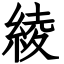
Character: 綾